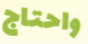
واحتاج